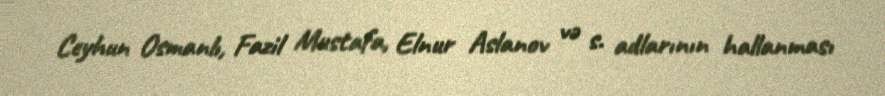
Ceyhun Osmanlı, Fazil Mustafa, Elnur Aslanov və s. adlarının hallanması